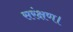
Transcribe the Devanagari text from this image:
सरंक्षण।